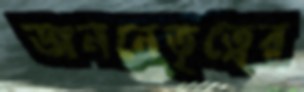
জননেতৃত্বের